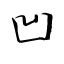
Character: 凹